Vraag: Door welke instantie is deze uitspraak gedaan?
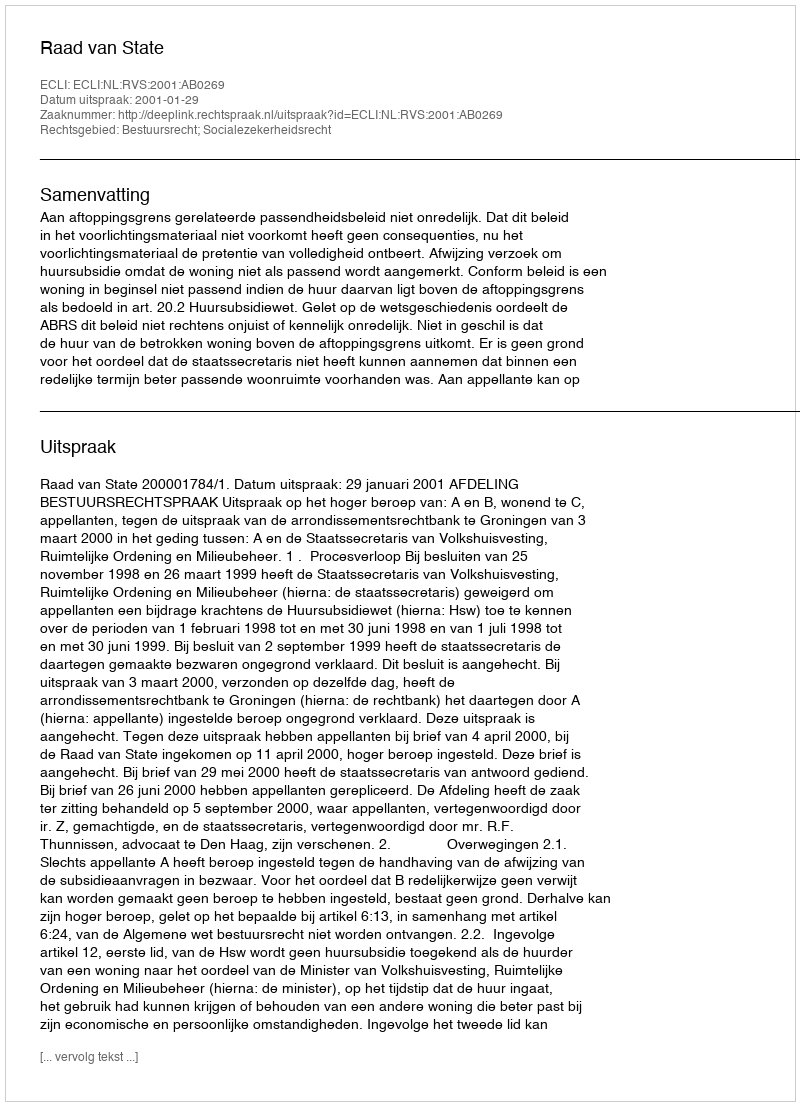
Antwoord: Raad van State